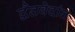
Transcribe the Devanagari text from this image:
द्वैतवेदांत